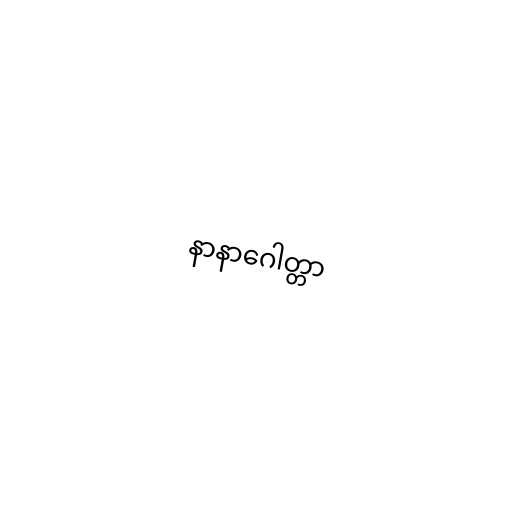
နာနာဂေါတ္တာ